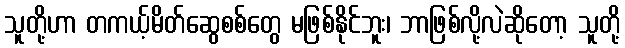
သူတို့ဟာ တကယ့်မိတ်ဆွေစစ်တွေ မဖြစ်နိုင်ဘူး၊ ဘာဖြစ်လို့လဲဆိုတော့ သူတို့